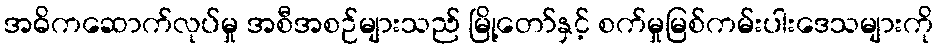
အဓိကဆောက်လုပ်မှု အစီအစဉ်များသည် မြို့တော်နှင့် စက်မှုမြစ်ကမ်းပါးဒေသများကို